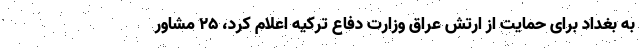
به بغداد برای حمایت از ارتش عراق وزارت دفاع ترکیه اعلام کرد، ۲۵ مشاور